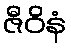
ဇီဝိနံ